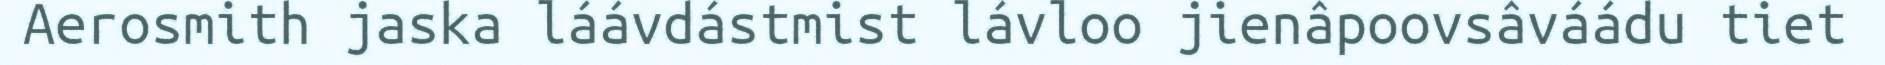
Aerosmith jaska láávdástmist lávloo jienâpoovsâváádu tiet